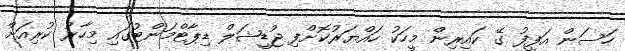
ހަސަން އަފީފު ގޭ ކައިރިން މީހަކު ހައްޔަރުކޮށްފި ޖުޑީޝަލް ޑިޕާޓްމަންޓުގައި މިހާރު ކުރިއަށް